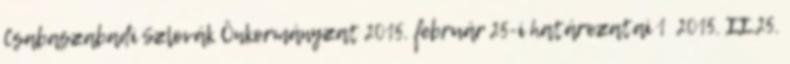
Csabaszabadi Szlovák Önkormányzat 2015. február 25-i határozatai 1 2015. II.25.